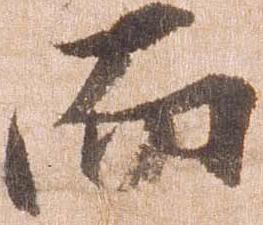
而